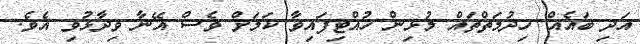
އަދި ބައެއް ހިދުމަތްތައް މުޅިން ހުއްޓިފައިވާ ކަމަށް ވެސް އޭނާ ވިދާޅުވި އެވެ.